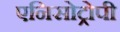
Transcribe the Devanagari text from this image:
एनिसोट्रोपी